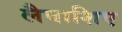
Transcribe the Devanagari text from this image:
लैवाशिए